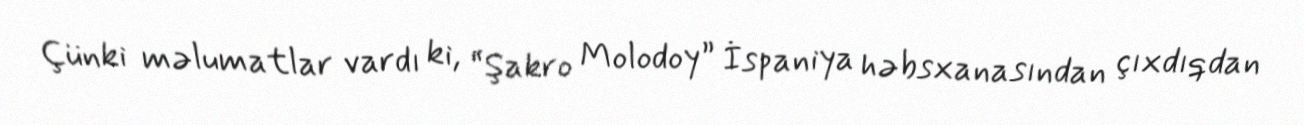
Çünki məlumatlar vardı ki, “Şakro Molodoy” İspaniya həbsxanasından çıxdıqdan